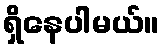
ရှိနေပါမယ်။